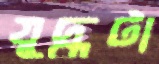
যুদ্ধটা